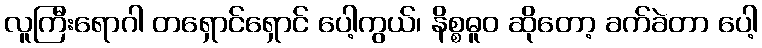
လူကြီးရောဂါ တရှောင်ရှောင် ပေါ့ကွယ်၊ နိစ္စဓူဝ ဆိုတော့ ခက်ခဲတာ ပေါ့